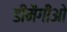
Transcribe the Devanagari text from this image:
डीमैगीओ